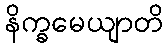
နိက္ခမေယျာတိ